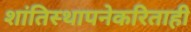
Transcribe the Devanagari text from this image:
शांतिस्थापनेकरिताही